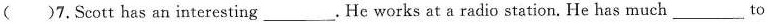
( )7. Scott has an interesting___. He works at a radio station. He has much___to